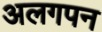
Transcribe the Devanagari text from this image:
अलगपन